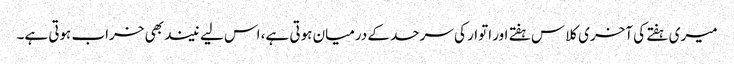
میری ہفتے کی آخری کلاس ہفتے اور اتوار کی سرحد کے درمیان ہوتی ہے، اس لیے نیند بھی خراب ہوتی ہے۔